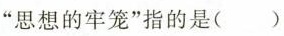
”思想的牢笼”指的是()